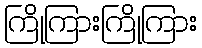
ကြိုကြားကြိုကြား